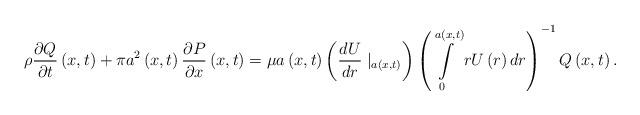
LaTeX: \begin{align*}\rho\frac{\partial Q}{\partial t}\left(x,t\right)+\pi a^{2}\left(x,t\right)\frac{\partial P}{\partial x}\left(x,t\right)=\mu a\left(x,t\right)\left(\frac{dU}{dr}\mid_{a\left(x,t\right)}\right)\left(\intop_{0}^{a\left(x,t\right)}rU\left(r\right)dr\right)^{-1}Q\left(x,t\right).\end{align*}